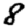
Digit: 8